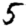
Digit: 5